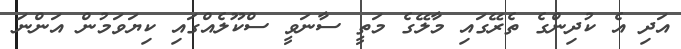
އަދި އެ ކުދިންގެ ތެރޭގައި މާލޭގެ މަތީ ސާނަވީ ސްކޫލެއްގައި ކިޔަވަމުން އަންނަ